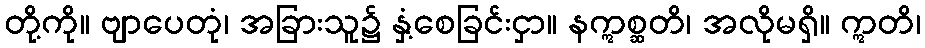
တို့ကို။ ဗျာပေတုံ၊ အခြားသူ၌ နှံ့စေခြင်းငှာ။ နဣစ္ဆတိ၊ အလိုမရှိ။ ဣတိ၊